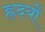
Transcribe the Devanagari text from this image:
ह्रदयों